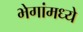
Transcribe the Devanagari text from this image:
भेगांमध्ये